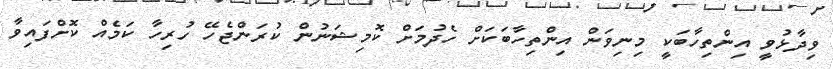
ވިދާޅުވީ އިންތިހާބަކީ މިނިވަން އިންތިހާބަކަށް ހެދުމަށް ކޮމިޝަނުން ކުރަންޖެހޭ ހުރިހާ ކަމެއް ކޮށްފައިވާ